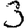
Digit: 3